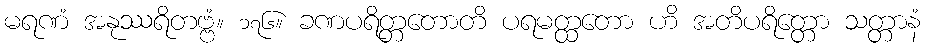
မရဏံ အနုဿရိတဗ္ဗံ။ ၁၇၆။ ခဏပရိတ္တတောတိ ပရမတ္ထတော ဟိ အတိပရိတ္တော သတ္တာနံ